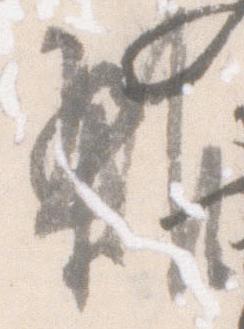
雑